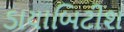
ડાયાબિટીશ